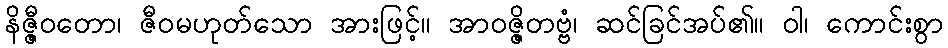
နိဇ္ဇီဝတော၊ ဇီဝမဟုတ်သော အားဖြင့်။ အာဝဇ္ဇိတဗ္ဗံ၊ ဆင်ခြင်အပ်၏။ ဝါ၊ ကောင်းစွာ